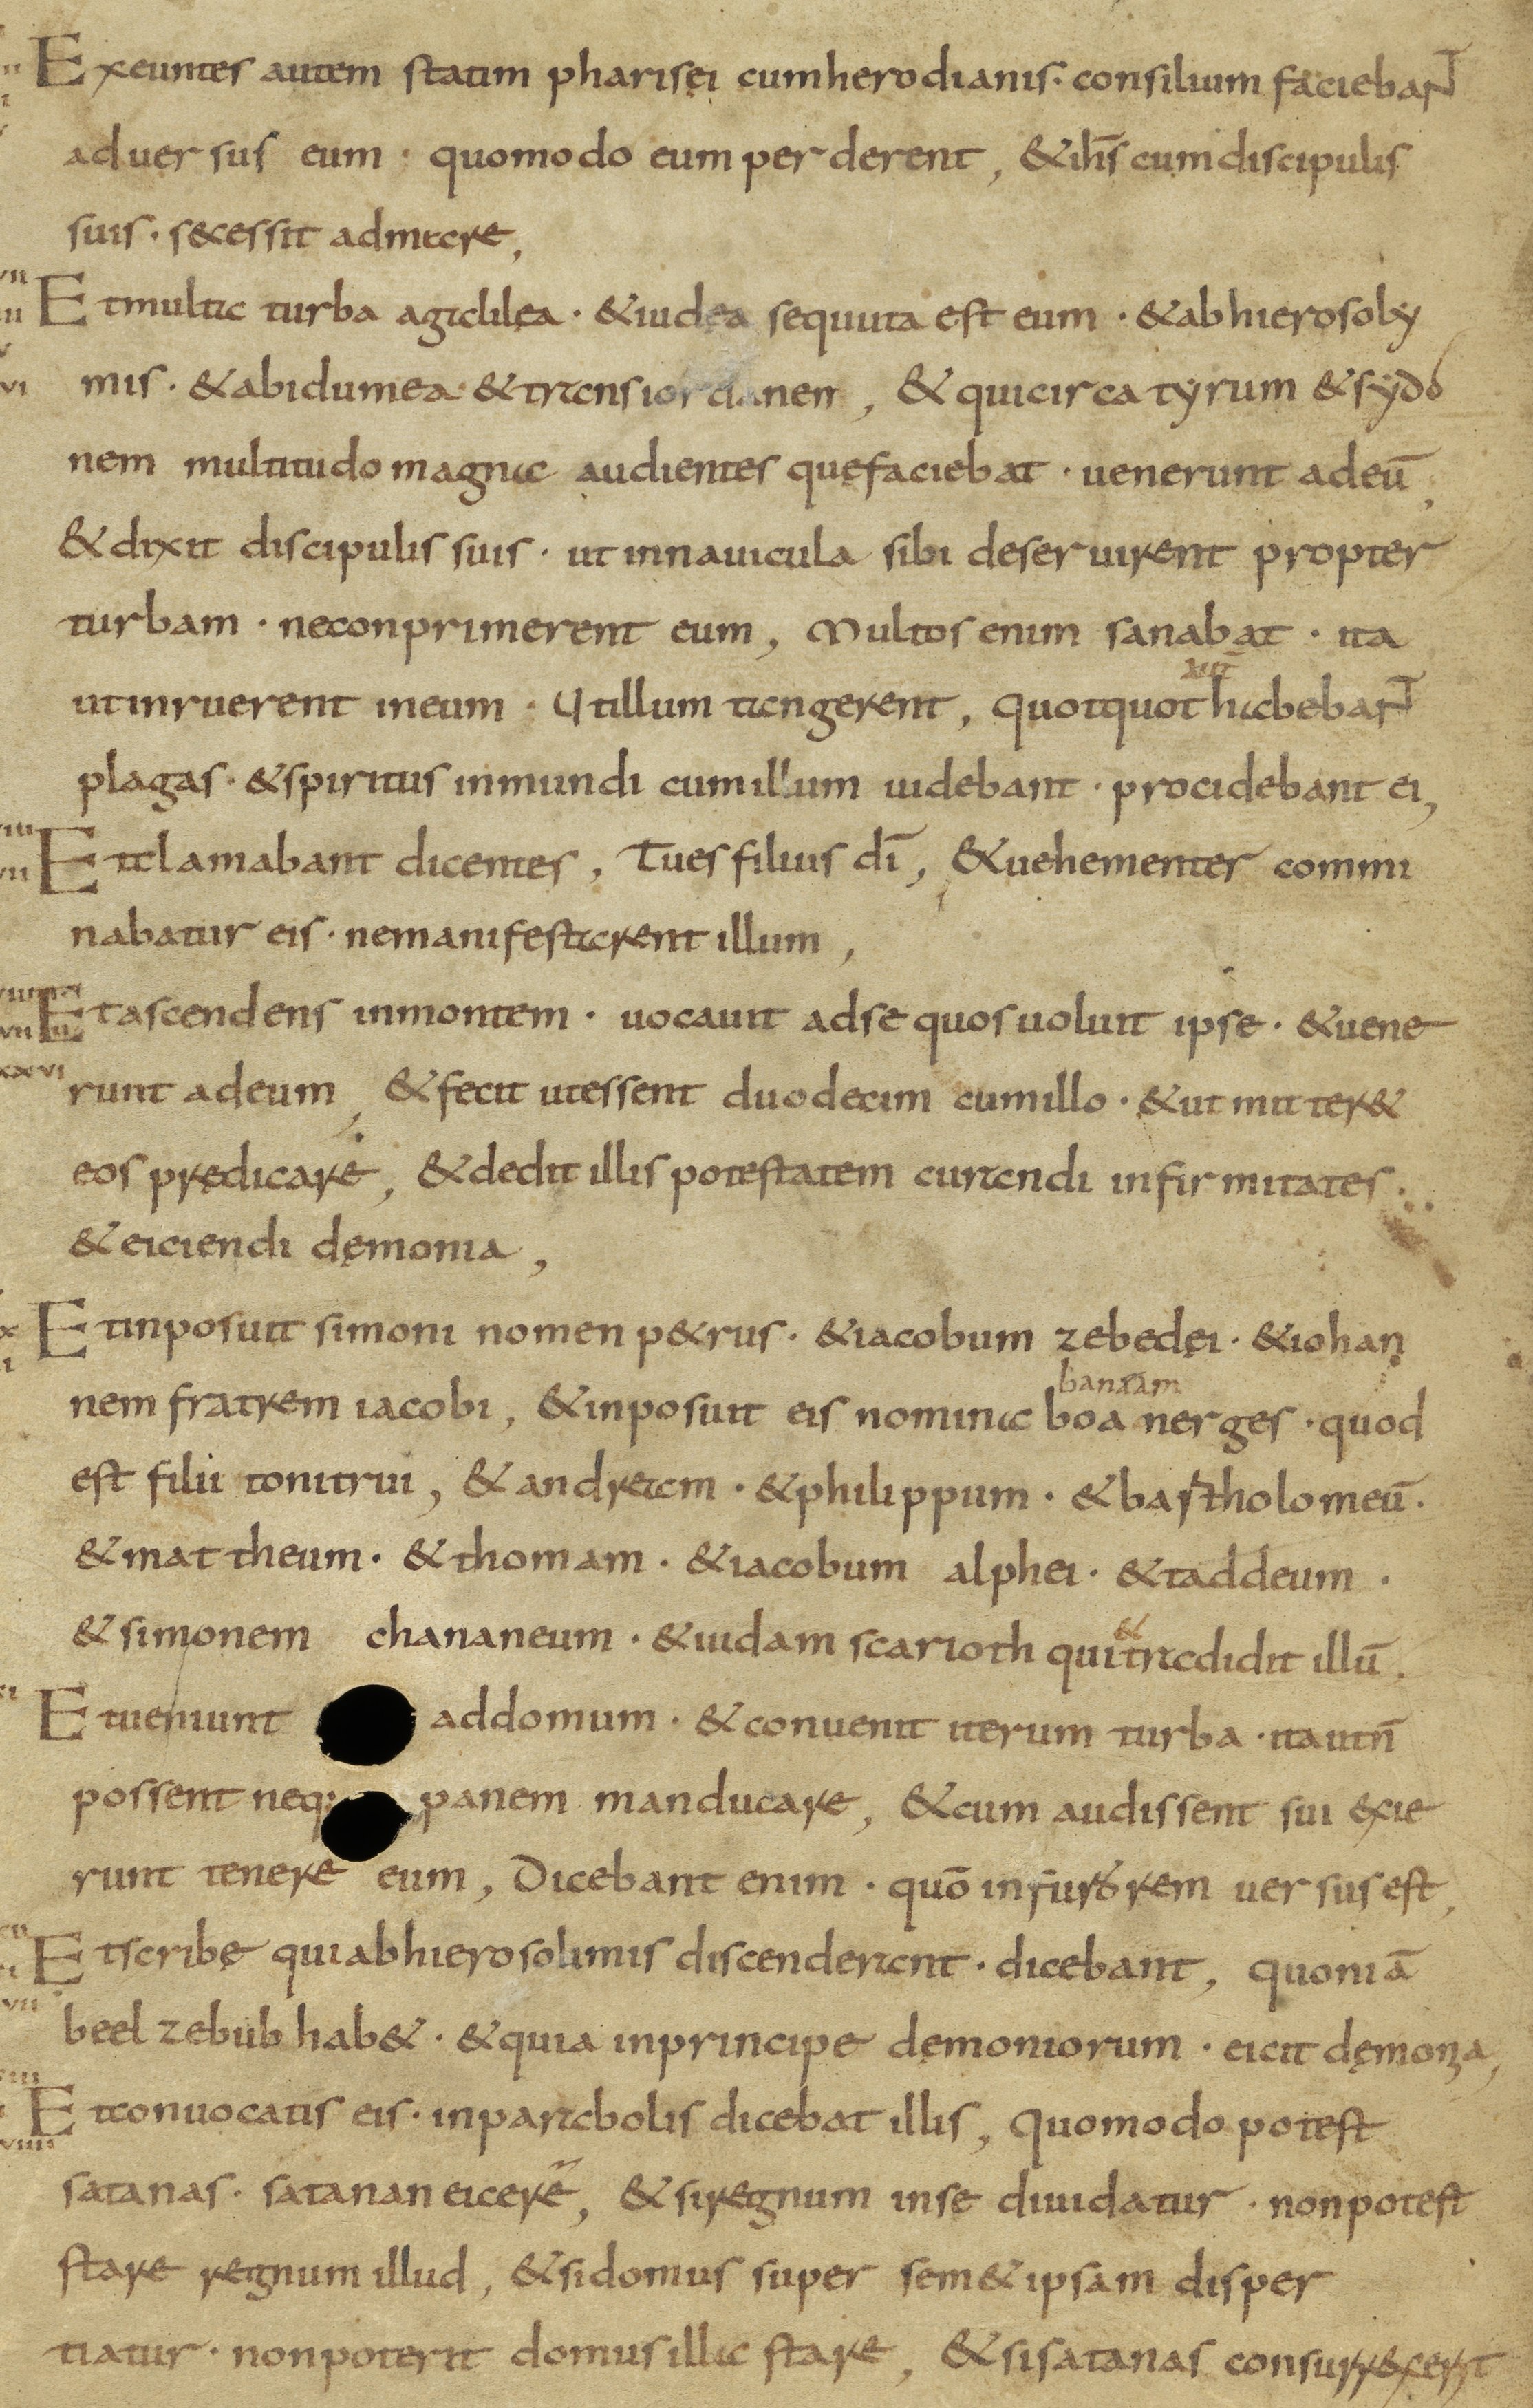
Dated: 800–899